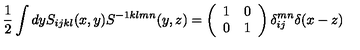
\frac { 1 } { 2 } \int d y S _ { i j k l } ( x , y ) S ^ { - 1 k l m n } ( y , z ) = \left( \begin{array} { c c } { 1 } & { 0 } \\ { 0 } & { 1 } \\ \end{array} \right) \delta _ { i j } ^ { m n } \delta ( x - z )